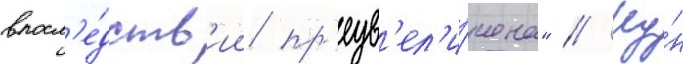
впосл'е́дств'ии пр'еув'ел'и́чена" // Ку́н